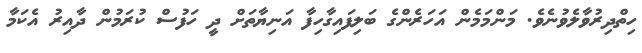
ހިތްދިރުވާލެވުނެވެ. މަންމަމެން އަހަރެންގެ ބަލިފައިގާހިފާ އަނިޔާތަށް ދީ ހަފުސް ކުރަމުން ދާއިރު އެކަމާ